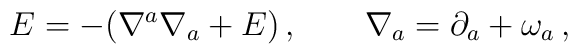
E=-(\nabla^a \nabla_a +E)\,,\qquad \nabla_a =\partial_a +\omega_a\,,